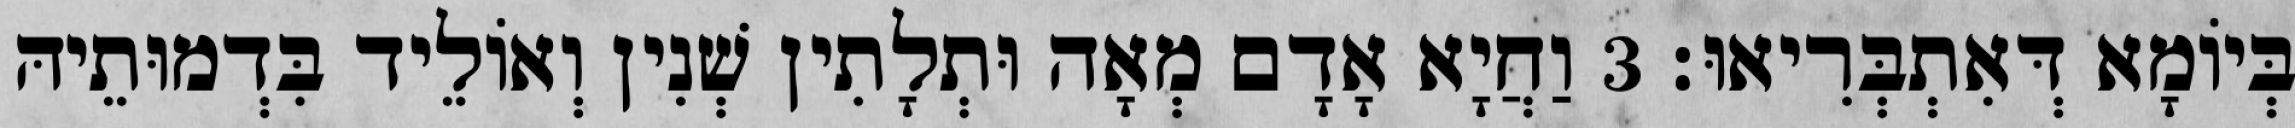
בְּיוֹמָא דְּאִתְבְּרִיאוּ׃ 3 וַחֲיָא אָדָם מְאָה וּתְלָתִין שְׁנִין וְאוֹלֵיד בִּדְמוּתֵיהּ